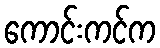
ကောင်းကင်က